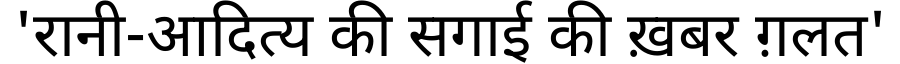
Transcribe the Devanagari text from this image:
'रानी-आदित्य की सगाई की ख़बर ग़लत'